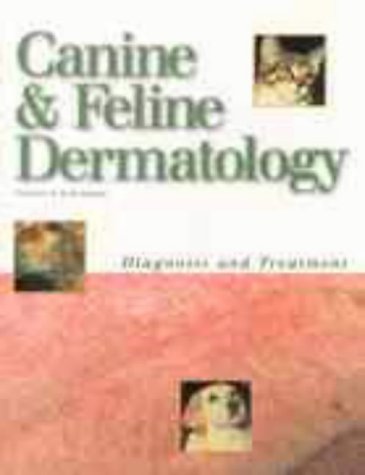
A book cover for Canine and Feline Dermatology: Diagosis and Treatment; Gene H. Nesbitt; Medical Books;